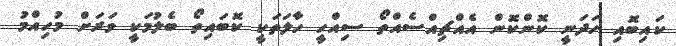
ކައިބޮއި ހަދަނީ ކޮންކޮން އެއްޗިއްސެއްތޯ ސިއްހީ ހާލަތަކީ ކޮބައިތޯ ބެލުމަކީ ވަރަށް މުހިއްމު